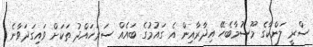
ސްރީ ލަންކާގެ މޫސުމާބެހޭ އިދާރާއިން އެ ގައުމުގެ ބައެއް ސަރަހައްދު ތަކަށް ވައިގަދަވާނެ